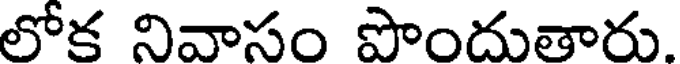
లోక నివాసం పొందుతారు.